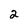
Character: 2